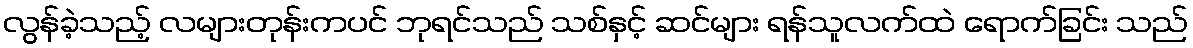
လွန်ခဲ့သည့် လများတုန်းကပင် ဘုရင်သည် သစ်နှင့် ဆင်များ ရန်သူလက်ထဲ ရောက်ခြင်း သည်